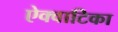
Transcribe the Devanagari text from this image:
ऐक्वाटिका